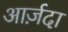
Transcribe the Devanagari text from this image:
आर्ज़दा